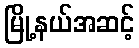
မြို့နယ်အဆင့်